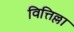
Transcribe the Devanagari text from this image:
वित्तिल्ला